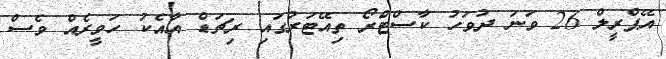
އޭޕްރީލް 26 ވަނަ ދުވަހު ކާސްޓްރޯ ތިއޭޓަރުގައި ރިޗަޑް އާއެކު ހަވީރެއް ވެސް